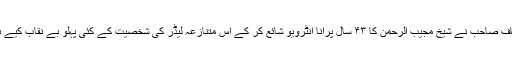
الطاف صاحب نے شیخ مجیب الرحمن کا ۴۳ سال پرانا انٹرویو شائع کر کے اس متنازعہ لیڈر کی شخصیت کے کئی پہلو بے نقاب کیے ہیں۔